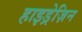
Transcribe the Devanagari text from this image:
हाइड्रेज़िन